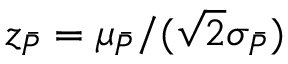
z _ { \bar { P } } = \mu _ { \bar { P } } / ( \sqrt 2 \sigma _ { \bar { P } } )